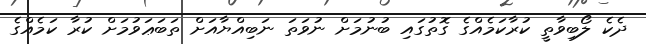
ދެކެ ލޯބިވާތީ ކުރާކަމެއްގެ ގޮތުގައި ބުނުމަށް ނުވަތަ ނަބިއްޔާއަށް ތަބަޢަވުމަށް ކުރާ ކަމެއްގެ